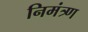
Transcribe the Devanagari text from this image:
निमंत्र्ण